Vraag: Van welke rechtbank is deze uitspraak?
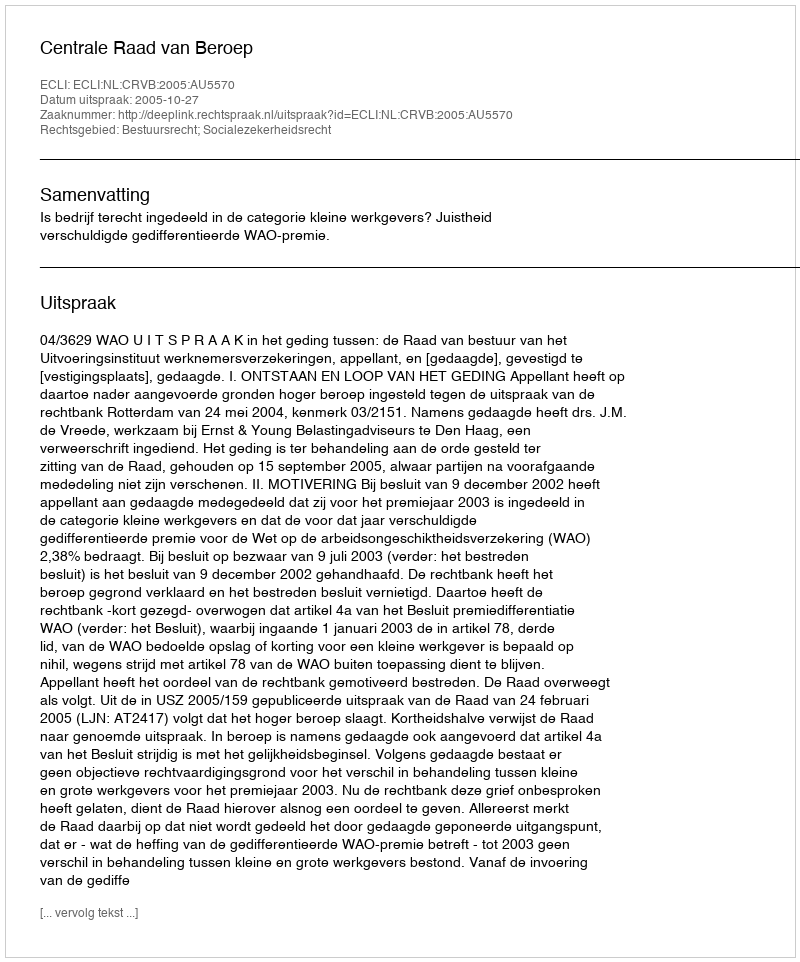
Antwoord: Centrale Raad van Beroep